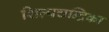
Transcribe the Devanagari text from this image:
शिल्पचन्द्रिका